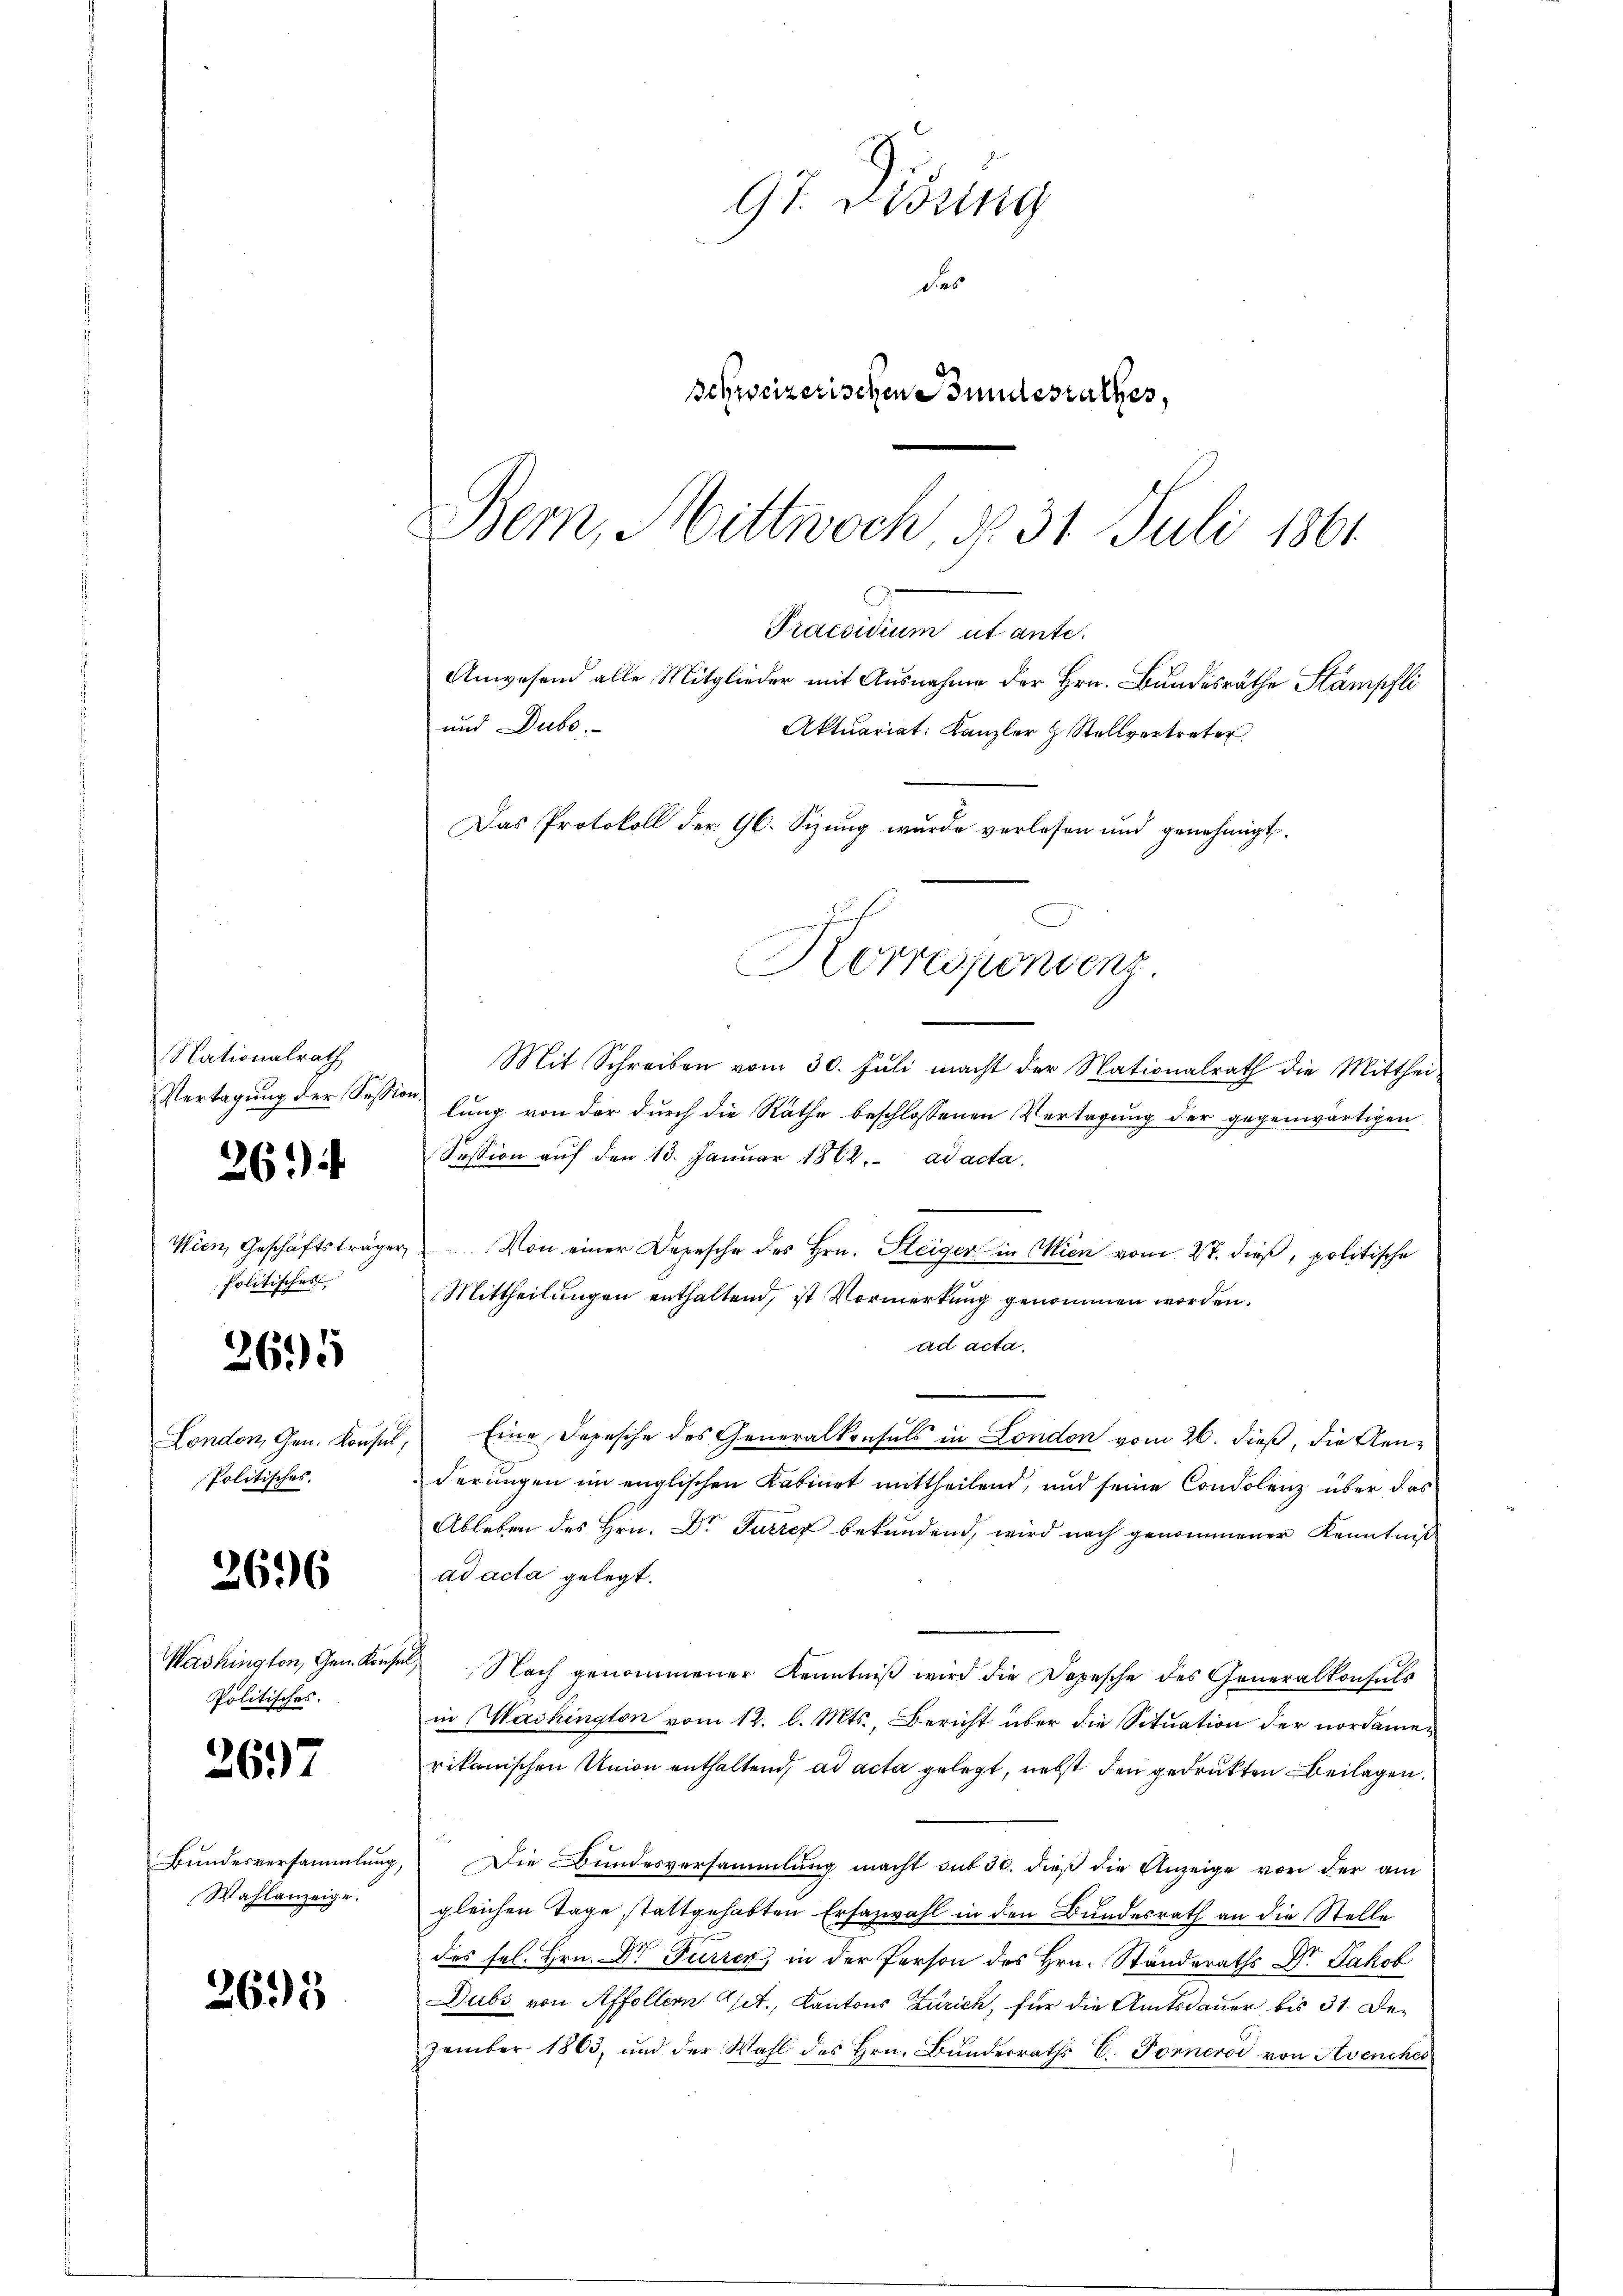
Nationalrath
Vertagung der Session.

2694

Politisches,

3695

London, Gen. Konsul,
Politisches.

2696

Washington, Gen. Konsul
Politisches.

2697

Wahlanzeige.

2695

Mit Schreiben vom 30. Jŭli macht der Nationalrath die Mitthei-
lung von der durch die Rathe beschlossenen Vertagung der gegenwärtigen
Session aŭf den 13. Januar 1862. ad acta.
Wien, Geschäftsträger Von einer Depesche des Hrn. Steiger in Wien vom 27. dieβ, politische
Mittheilungen enthaltend, ist Vormerkung genommen worden.
ad acta.
Eine Depesche des Generalkonsuls in London vom 26. dieß, die Genderungen im englischen Kabinet mittheilend, und seine Condolenz über das
Ableben des Hrn. Dr Furrer bekundend, wird nach genommener Kenntniß
ad acta gelegt.
Nach genommener Kenntniß wird die Depesche des Generalkonsuls
in Washington vom 12. l. Mts., Bericht über die Situation der nordamen
rikanischen Union enthaltend, ad acta gelegt, nebst den gedruckten Beilagen.
Bŭndesversammlung, Die Bŭndesversammlung macht sub 30. dieβ die Anzeige von der am
gleichen Tage stattgehabten Ersazwahl in den Bundesrath an die Stelle
des sel. Hrn. Dr Furrer, in der Person des Hrn. Ständeraths Dr. Jakob
Dubs von Affoltern Get., Kantons Zürich, für die Amtsdauer bis 31. Dezember 1863, und der Wahl des Hrn. Bundesraths E. Forneroi von Avenches

97. Disung
das
Schweizerischen Bundesrathes,
Bem, Mittwoch, § 31 Juli 1861
Praesidium ut ante.
Anwesend alle Mitglieder mit Ausnahme der Hrn. Bundesräthe Stampfli
und Dube.
Aktuariat: Kanzler H. Stellvertreter
Das Protokoll der 96. Sizung wurde verlesen und genehmigt.
h
G
Horrespondenz